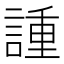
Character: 諥